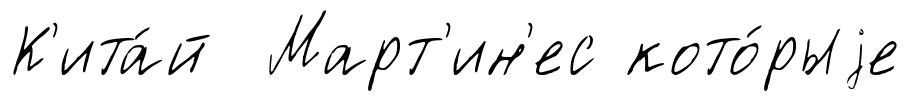
К'ита́й Март'ин'ес кото́рыjе